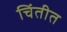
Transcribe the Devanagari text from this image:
चिंतीत